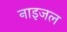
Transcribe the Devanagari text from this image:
नाइजल